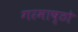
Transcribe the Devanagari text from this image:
गरमाष्ठो